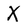
Character: X